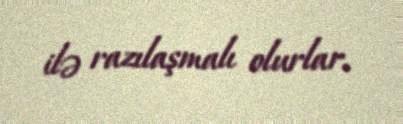
ilə razılaşmalı olurlar.